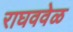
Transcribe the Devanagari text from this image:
राघववेळ